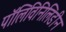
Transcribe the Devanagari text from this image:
पॉलिविनिलिडीन